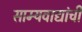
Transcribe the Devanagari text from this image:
साम्यवाद्यांची